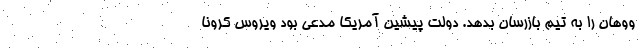
ووهان را به تیم بازرسان بدهد. دولت پیشین آمریکا مدعی بود ویروس کرونا